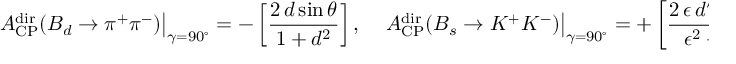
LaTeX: \left. { \cal A } _ { \mathrm { C P } } ^ { \mathrm { d i r } } ( B _ { d } \to \pi ^ { + } \pi ^ { - } ) \right| _ { \gamma = 9 0 ^ { \circ } } = - \left[ \frac { 2 \, d \sin \theta } { 1 + d ^ { 2 } } \right] , \quad \left. { \cal A } _ { \mathrm { C P } } ^ { \mathrm { d i r } } ( B _ { s } \to K ^ { + } K ^ { - } ) \right| _ { \gamma = 9 0 ^ { \circ } } = + \left[ \frac { 2 \, \epsilon \, d ^ { \prime } \sin \theta ^ { \prime } } { \epsilon ^ { 2 } + d ^ { 2 } } \right] ,